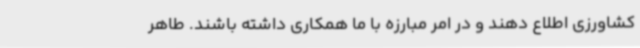
کشاورزی اطلاع دهند و در امر مبارزه با ما همکاری داشته باشند. طاهر